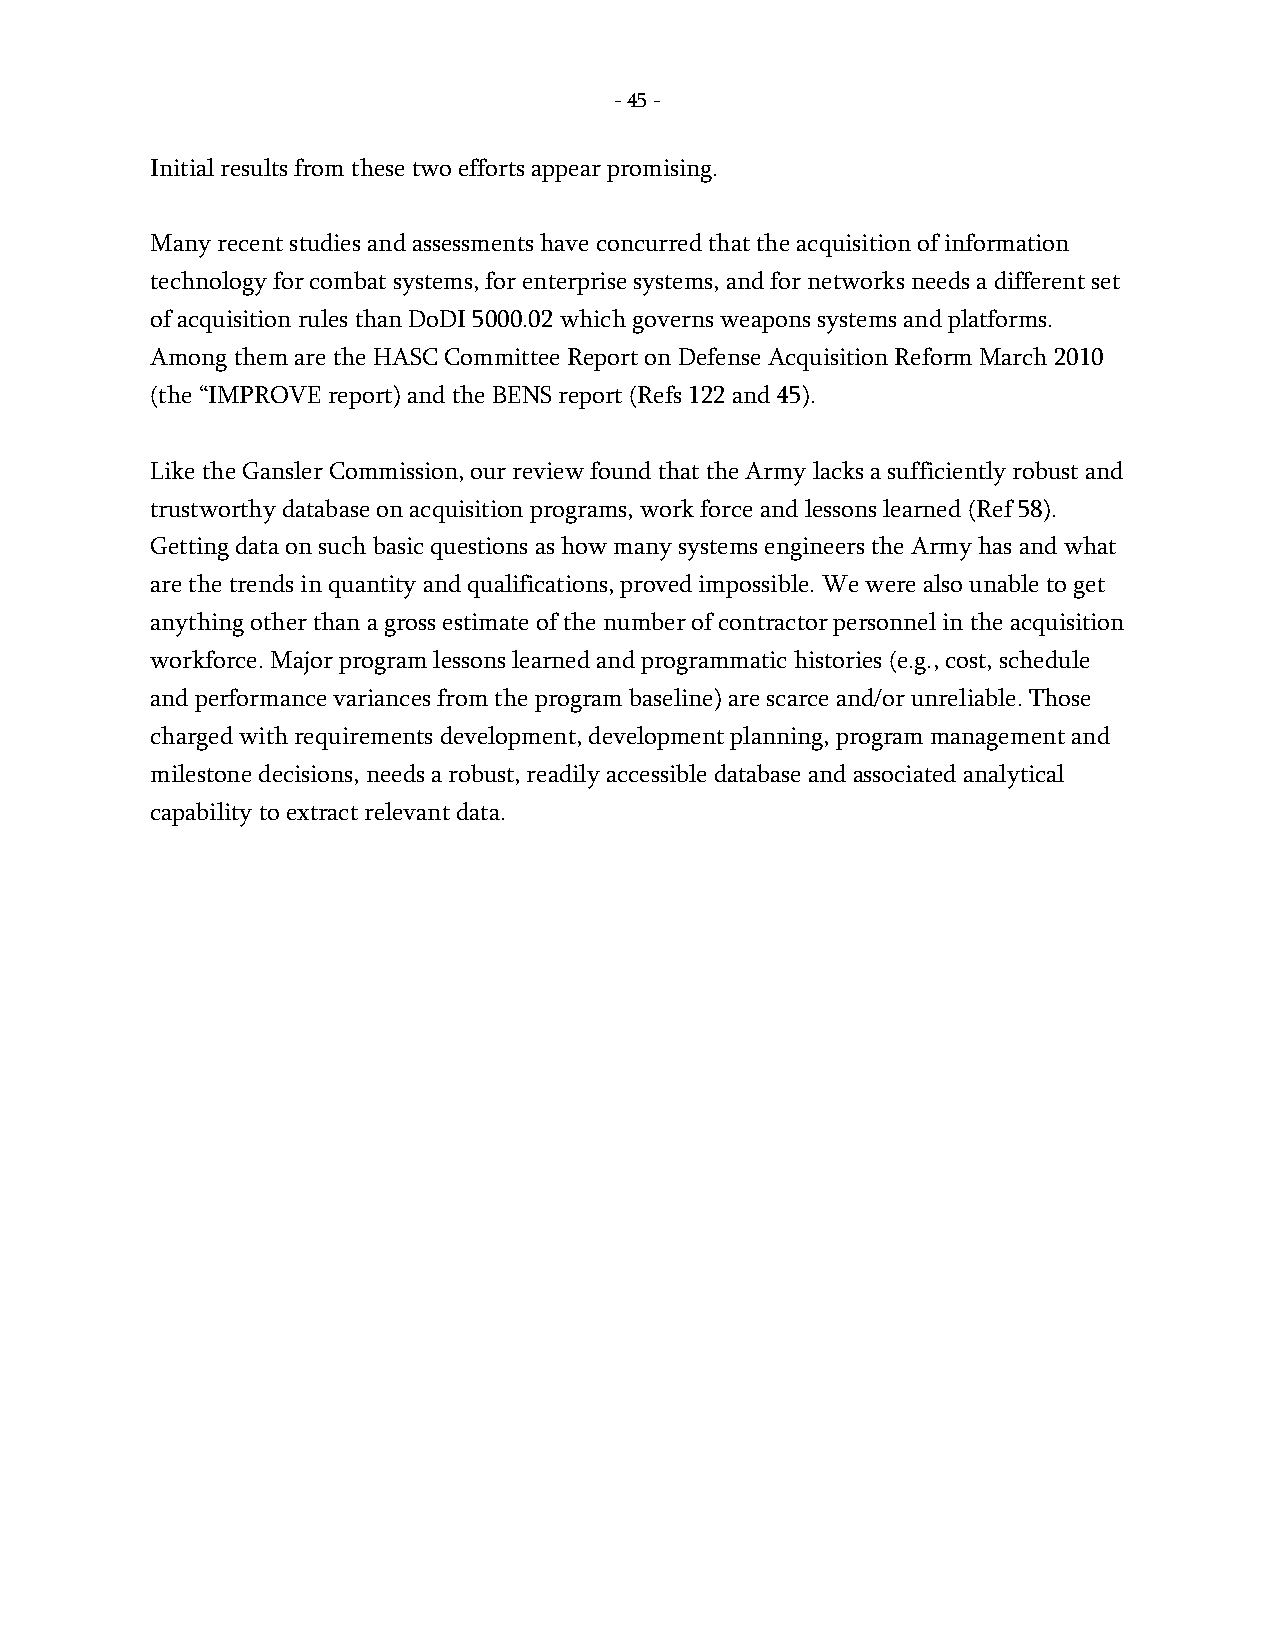
- 45 -
 Initial results from these two efforts appear promising.
 Many recent studies and assessments have concurred that the acquisition of information
 technology for combat systems, for enterprise systems, and for networks needs a different set
 of acquisition rules than DoDI 5000.02 which governs weapons systems and platforms.
 Among them are the HASC Committee Report on Defense Acquisition Reform March 2010
 (the “IMPROVE report) and the BENS report (Refs 122 and 45).
 Like the Gansler Commission, our review found that the Army lacks a sufficiently robust and
 trustworthy database on acquisition programs, work force and lessons learned (Ref 58).
 Getting data on such basic questions as how many systems engineers the Army has and what
 are the trends in quantity and qualifications, proved impossible. We were also unable to get
 anything other than a gross estimate of the number of contractor personnel in the acquisition
 workforce. Major program lessons learned and programmatic histories (e.g., cost, schedule
 and performance variances from the program baseline) are scarce and/or unreliable. Those
 charged with requirements development, development planning, program management and
 milestone decisions, needs a robust, readily accessible database and associated analytical
 capability to extract relevant data.
 -
 45
 -